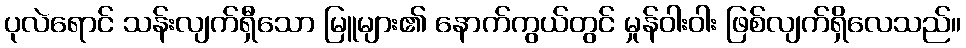
ပုလဲရောင် သန်းလျက်ရှီသော မြူများ၏ နောက်ကွယ်တွင် မှုန်ဝါးဝါး ဖြစ်လျက်ရှိလေသည်။